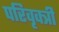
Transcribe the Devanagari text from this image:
परिवृक्त्री